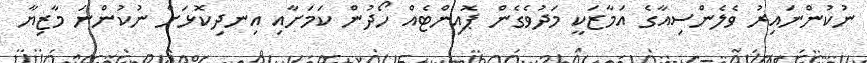
ނުކުންނައިރު ވެލެންސިއާގެ އަމާޒަކީ މަދުވެގެން ޕޮއިންޓެއް ހޯދުން ކަމަށާއި އިނދިކޮޅަށް ނުކުންނަ މާޒިޔާ